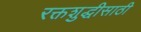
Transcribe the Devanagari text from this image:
रक्तशुद्धीसाठी